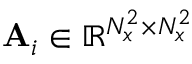
\mathbf { A } _ { i } \in \mathbb { R } ^ { N _ { x } ^ { 2 } \times N _ { x } ^ { 2 } }